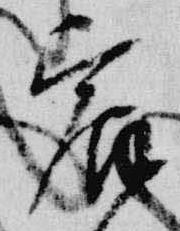
宸